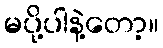
မပို့ပါနဲ့တော့။